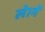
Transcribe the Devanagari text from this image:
लेागें